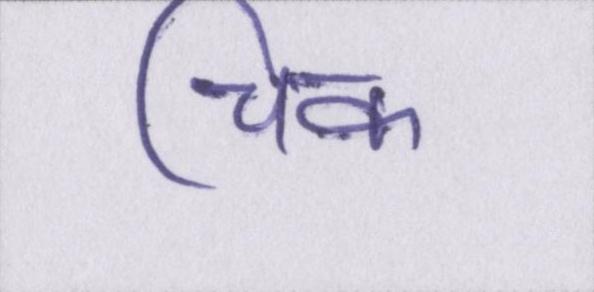
चिक